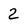
Character: 2